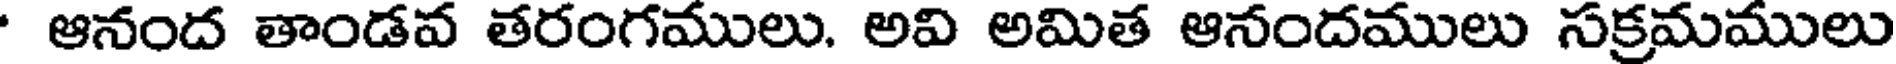
ఆనంద తాండవ తరంగములు. అవి అమిత ఆనందములు సక్రమములు